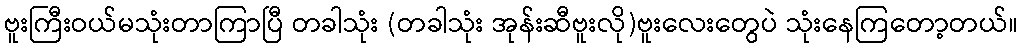
ဗူးကြီးဝယ်မသုံးတာကြာပြီ တခါသုံး (တခါသုံး အုန်းဆီဗူးလို)ဗူးလေးတွေပဲ သုံးနေကြတော့တယ်။